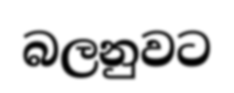
බලනුවට